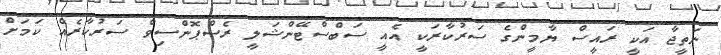
ނަތީޖާ އަކީ ރައީސް ޔާމީންގެ ސަރުކާރަކީ އެއީ ސަބްސްޓޭންޝަލީ ރެސްޕޮންސިވް ސަރުކާރެއް ކަމަށް